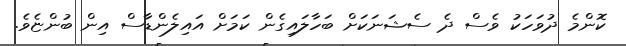
ކޮންމެ ދުވަހަކު ވެސް ދެ ސެޝަނަކަށް ބަހާލައިގެން ކަމަށް އައިލެންޑާސް އިން ބުންޏެވެ.